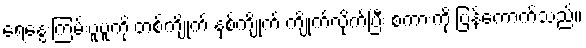
ရေနွေးကြမ်းပူပူကို တစ်ကျိုက် နှစ်ကျိုက် ကျိုက်လိုက်ပြီး စကားကို ပြန်ကောက်သည်။